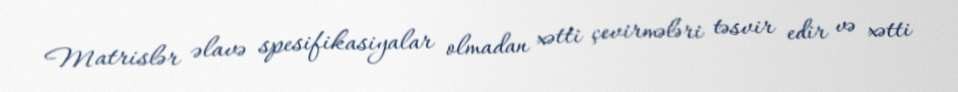
Matrislər əlavə spesifikasiyalar olmadan xətti çevirmələri təsvir edir və xətti